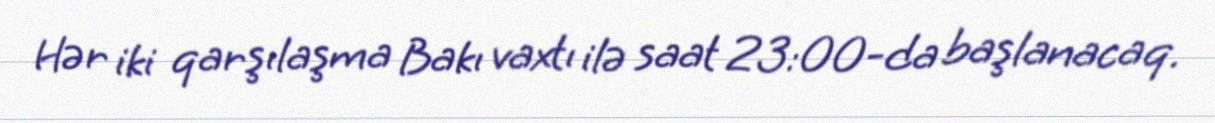
Hər iki qarşılaşma Bakı vaxtı ilə saat 23:00-da başlanacaq.